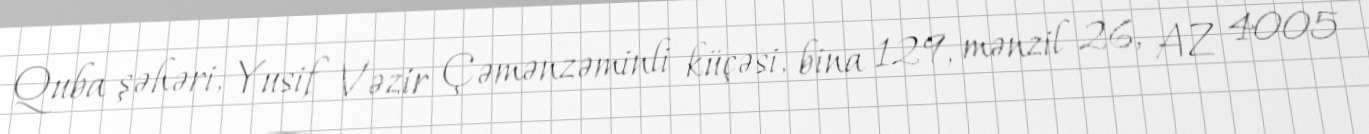
Quba şəhəri, Yusif Vəzir Çəmənzəminli küçəsi, bina 129, mənzil 26, AZ 4005